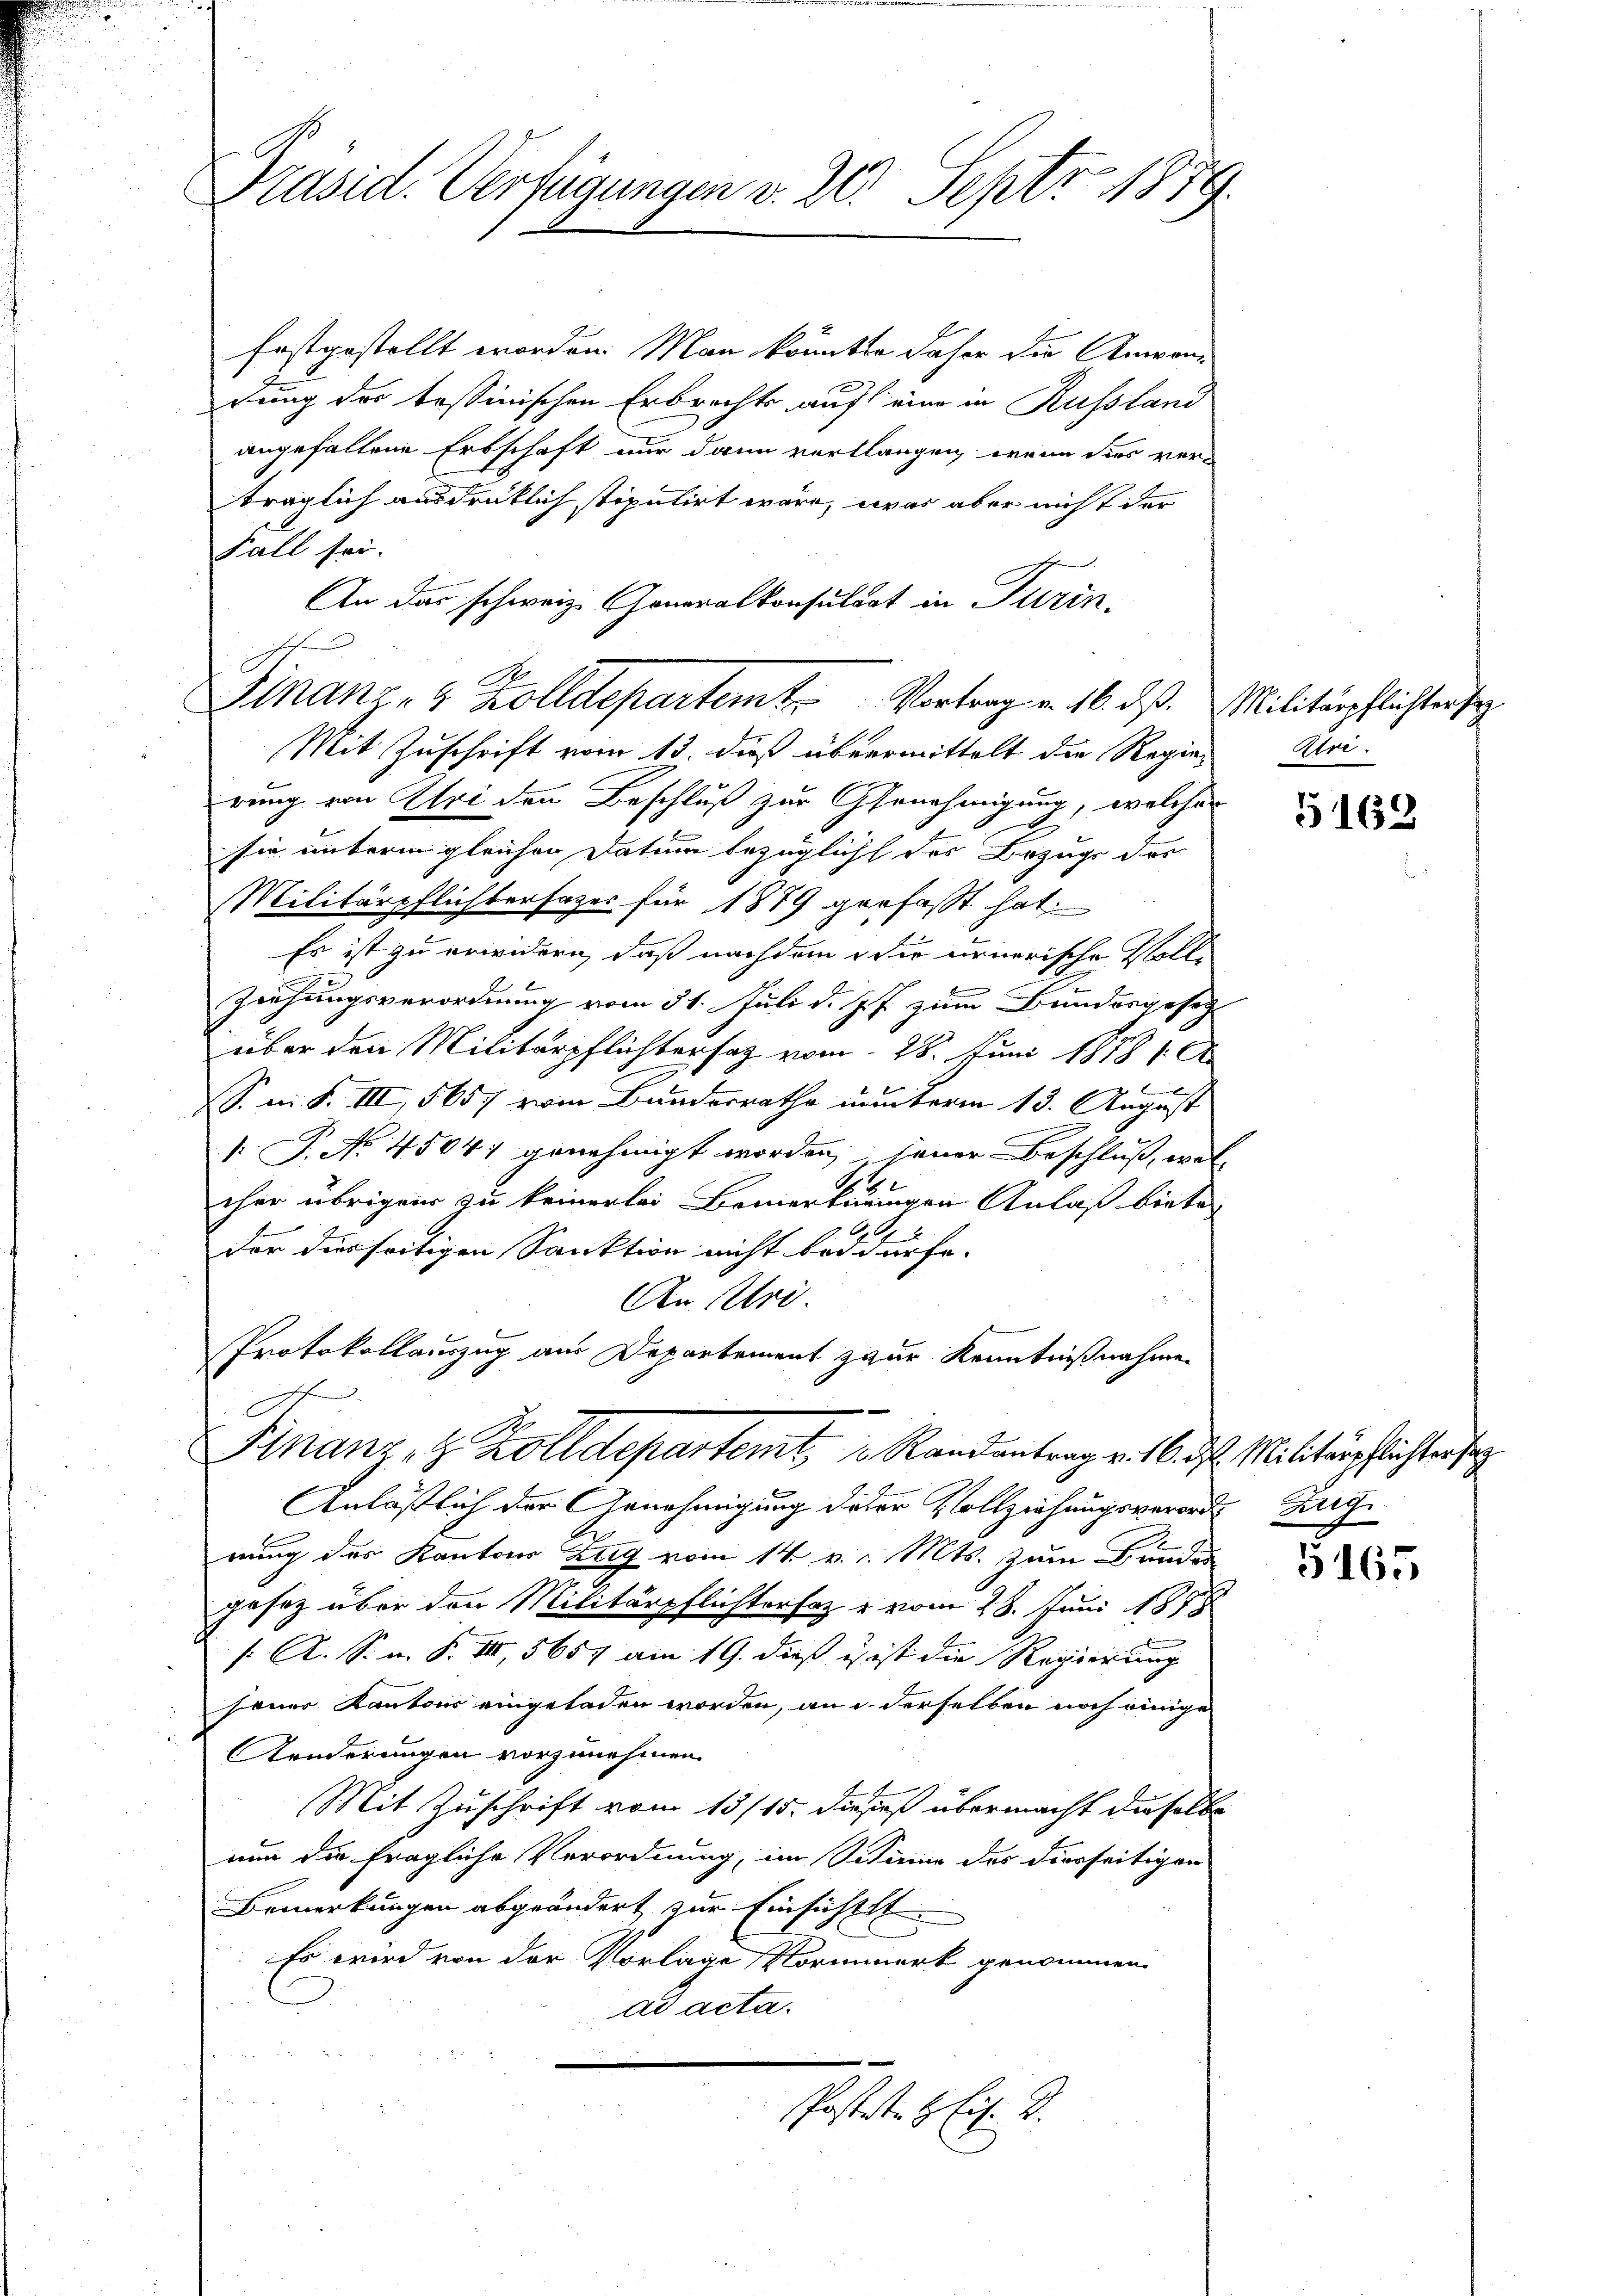
Präsid. Verfügungen v. 20. Sept. 1879.

festgestellt worden. Man könnten daher die Anwonidung der bessinischen Erbrechte auf eine in Russland
angefallene Erbschaft nur dann verlangen, wenn dies verträglich ausdrüklich stiputirt wäre, was aber nicht der
Fall sei.
An das schweiz. Generalkonsulat in Turin,
Mit Zuschrift vom 13. dieß übermittelt die Regierung von Uri den Beschluß zur Genehmigung, welches
2
sie unterm gleichen Datum bezüglicht des Bezugs des
Militärpflichtersages für 1879 gerfasst hat.
Es ist zu erwidern, daß nachdem die urnerische Will-
8
u
Ziehungsverordnung vom 31. Juli d. Js. zum Bundesgesetz
über den Militärpflichtersatz vom 28. Juni 1878 1. 6
6
S. n. F. IIII, 5657 vom Bundesrathe nunterm 13. August
 P. No. 45047 genehmigt worden, jener Beschluß, wel
b.
cher übrigen zu keinerlei Bemerkungen Anlaß biete

1
dor diesseitigen Sanktion nicht bedürfe.
An Uri.
Protokollauszug aus Departement zur Kenntnißnahme
.
A.
Franz, z. Kolldepartemb. 18. Randantrag v. 16. d.
Anläßlich der Arnehmigung deser Vollziehungsverordes Zug
nung des Kantons Zug vom 14. v. Mts. zum Bunden
3
gesetz über den Militärpflichtersatz u vom 28. Juni 1878
/. A. S. n. F. III, 5657 am 19. dieß ist ist die Regierung
jener Kantons eingeladen worden, an in derselben noch einige
onderungen vorzunehmen.
Mit Zuschrift vom 13/15. dieses übermacht dieselbe
nun die fragliche Verordnung, im Sitaine des dierseitigen
Bemerkungen abgeändert zur Einsichtet.
Es wird von der Vorlage Normerk genommen
ad acta.

Finanz- & Zolldepartem Vortrag v. 16. dß. Militärpflichter se

Poststeh

Aire.

5162

Militärpflichtersag

5165